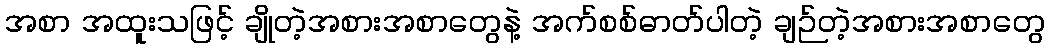
အစာ အထူးသဖြင့် ချိုတဲ့အစားအစာတွေနဲ့ အက်စစ်ဓာတ်ပါတဲ့ ချဉ်တဲ့အစားအစာတွေ